Lunatic asylums Bombay report 1878-1890 - 1878-1890
Year: 1878
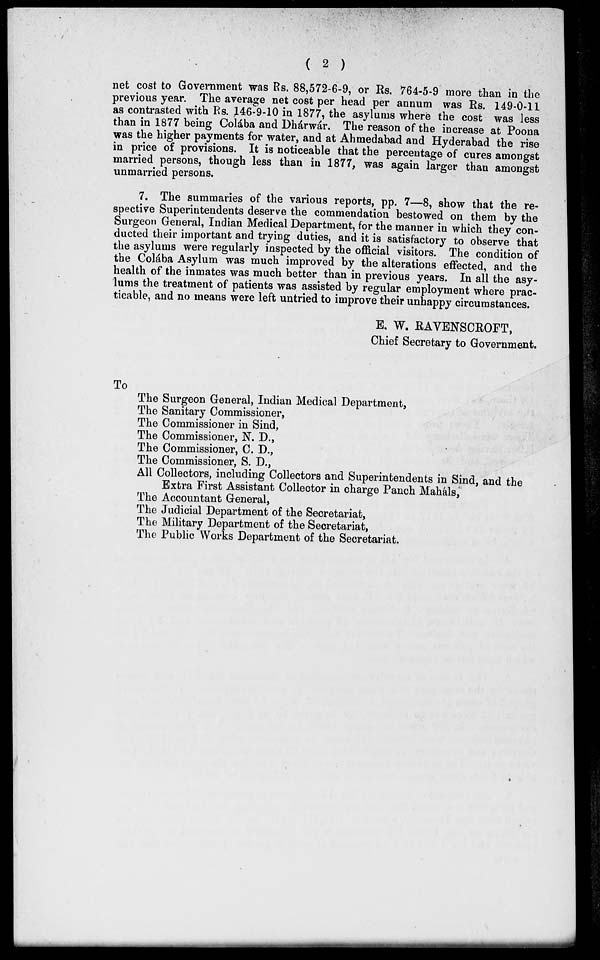
( 2 )
net cost to Government was Rs. 88,572-6-9, or Rs. 764-5-9 more than in the
previous year. The average net cost per head per annum was Rs. 149-0-11
as contrasted with Rs. 146-9-10 in 1877, the asylums where the cost was less
than in 1877 being Colába and Dhárwár. The reason of the increase at Poona
was the higher payments for water, and at Ahmedabad and Hyderabad the rise
in price of provisions. It is noticeable that the percentage of cures amongst
married persons, though less than in 1877, was again larger than amongst
unmarried persons.
7. The summaries of the various reports, pp. 7—8, show that the re-
spective Superintendents deserve the commendation bestowed on them by the
Surgeon General, Indian Medical Department, for the manner in which they con-
ducted their important and trying duties, and it is satisfactory to observe that
the asylums were regularly inspected by the official visitors. The condition of
the Colába Asylum was much improved by the alterations effected, and the
health of the inmates was much better than in previous years. In all the asy-
lums the treatment of patients was assisted by regular employment where prac-
ticable, and no means were left untried to improve their unhappy circumstances.
E. W. RAVENSCROFT,
Chief Secretary to Government.
To
The Surgeon General, Indian Medical Department,
The Sanitary Commissioner,
The Commissioner in Sind,
The Commissioner, N. D.,
The Commissioner, C. D.,
The Commissioner, S. D.,
All Collectors, including Collectors and Superintendents in Sind, and the
Extra First Assistant Collector in charge Panch Mahals,
The Accountant General,
The Judicial Department of the Secretariat,
The Military Department of the Secretariat,
The Public Works Department of the Secretariat.